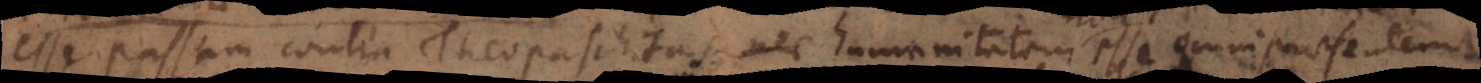
esse passam contra Theopaschitas, nec esse omnipraesentem